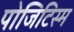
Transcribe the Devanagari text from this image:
पोजिटिस्म